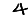
Digit: 4